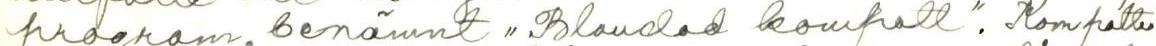
program, benämnt ,,Blandad komfratt". Komfratter